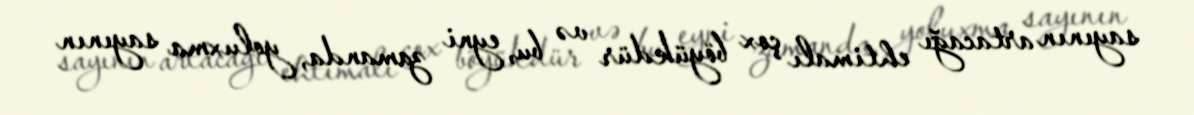
sayının artacağı ehtimalı çox böyükdür və bu, eyni zamanda, yoluxma sayının